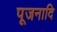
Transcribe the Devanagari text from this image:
पूजनादि